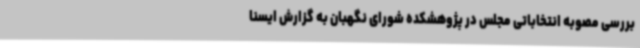
بررسی مصوبه انتخاباتی مجلس در پژوهشکده شورای نگهبان به گزارش ایسنا